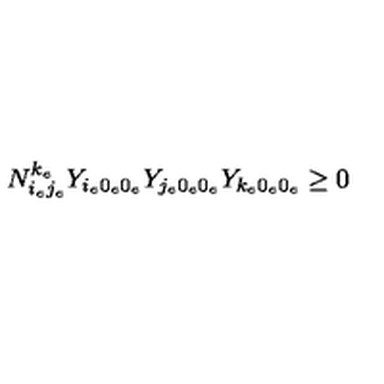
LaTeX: N _ { i _ { e } j _ { e } } ^ { k _ { e } } Y _ { i _ { e } 0 _ { e } 0 _ { e } } Y _ { j _ { e } 0 _ { e } 0 _ { e } } Y _ { k _ { e } 0 _ { e } 0 _ { e } } \geq 0